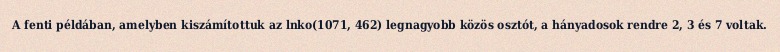
A fenti példában, amelyben kiszámítottuk az lnko(1071, 462) legnagyobb közös osztót, a hányadosok rendre 2, 3 és 7 voltak.